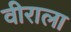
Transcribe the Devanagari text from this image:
वीराला